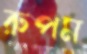
রুপম